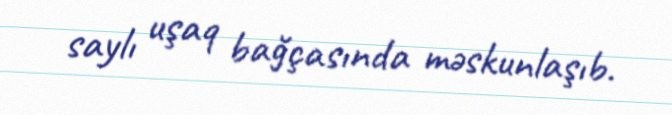
saylı uşaq bağçasında məskunlaşıb.